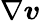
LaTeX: \nabla\boldsymbol{v}